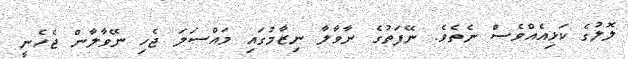
ލޮލުގެ ކަޅިއެއްވެސް ނެތެވެ. ނޭފަތުގެ ނާވާލާ ނިޒާމުގައި މައްސަލަ ޖެހި ނޭވާލާން ޖެހެނީ